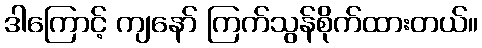
ဒါကြောင့် ကျနော် ကြက်သွန်စိုက်ထားတယ်။